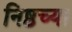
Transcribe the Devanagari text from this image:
निष्ठच्या